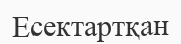
Есектартқан